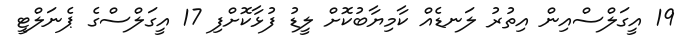
19 އީގަލްސްއިން އިތުރު ލަނޑެއް ކާމިޔާބުކޮށް ލީޑު ފުޅާކޮށްފި 17 އީގަލްސްގެ ޕެނަލްޓީ